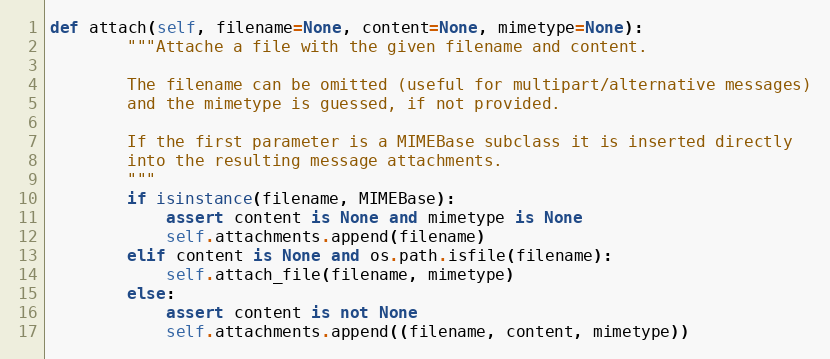
Language: Python
def attach(self, filename=None, content=None, mimetype=None):
        """Attache a file with the given filename and content.

        The filename can be omitted (useful for multipart/alternative messages)
        and the mimetype is guessed, if not provided.

        If the first parameter is a MIMEBase subclass it is inserted directly
        into the resulting message attachments.
        """
        if isinstance(filename, MIMEBase):
            assert content is None and mimetype is None
            self.attachments.append(filename)
        elif content is None and os.path.isfile(filename):
            self.attach_file(filename, mimetype)
        else:
            assert content is not None
            self.attachments.append((filename, content, mimetype))